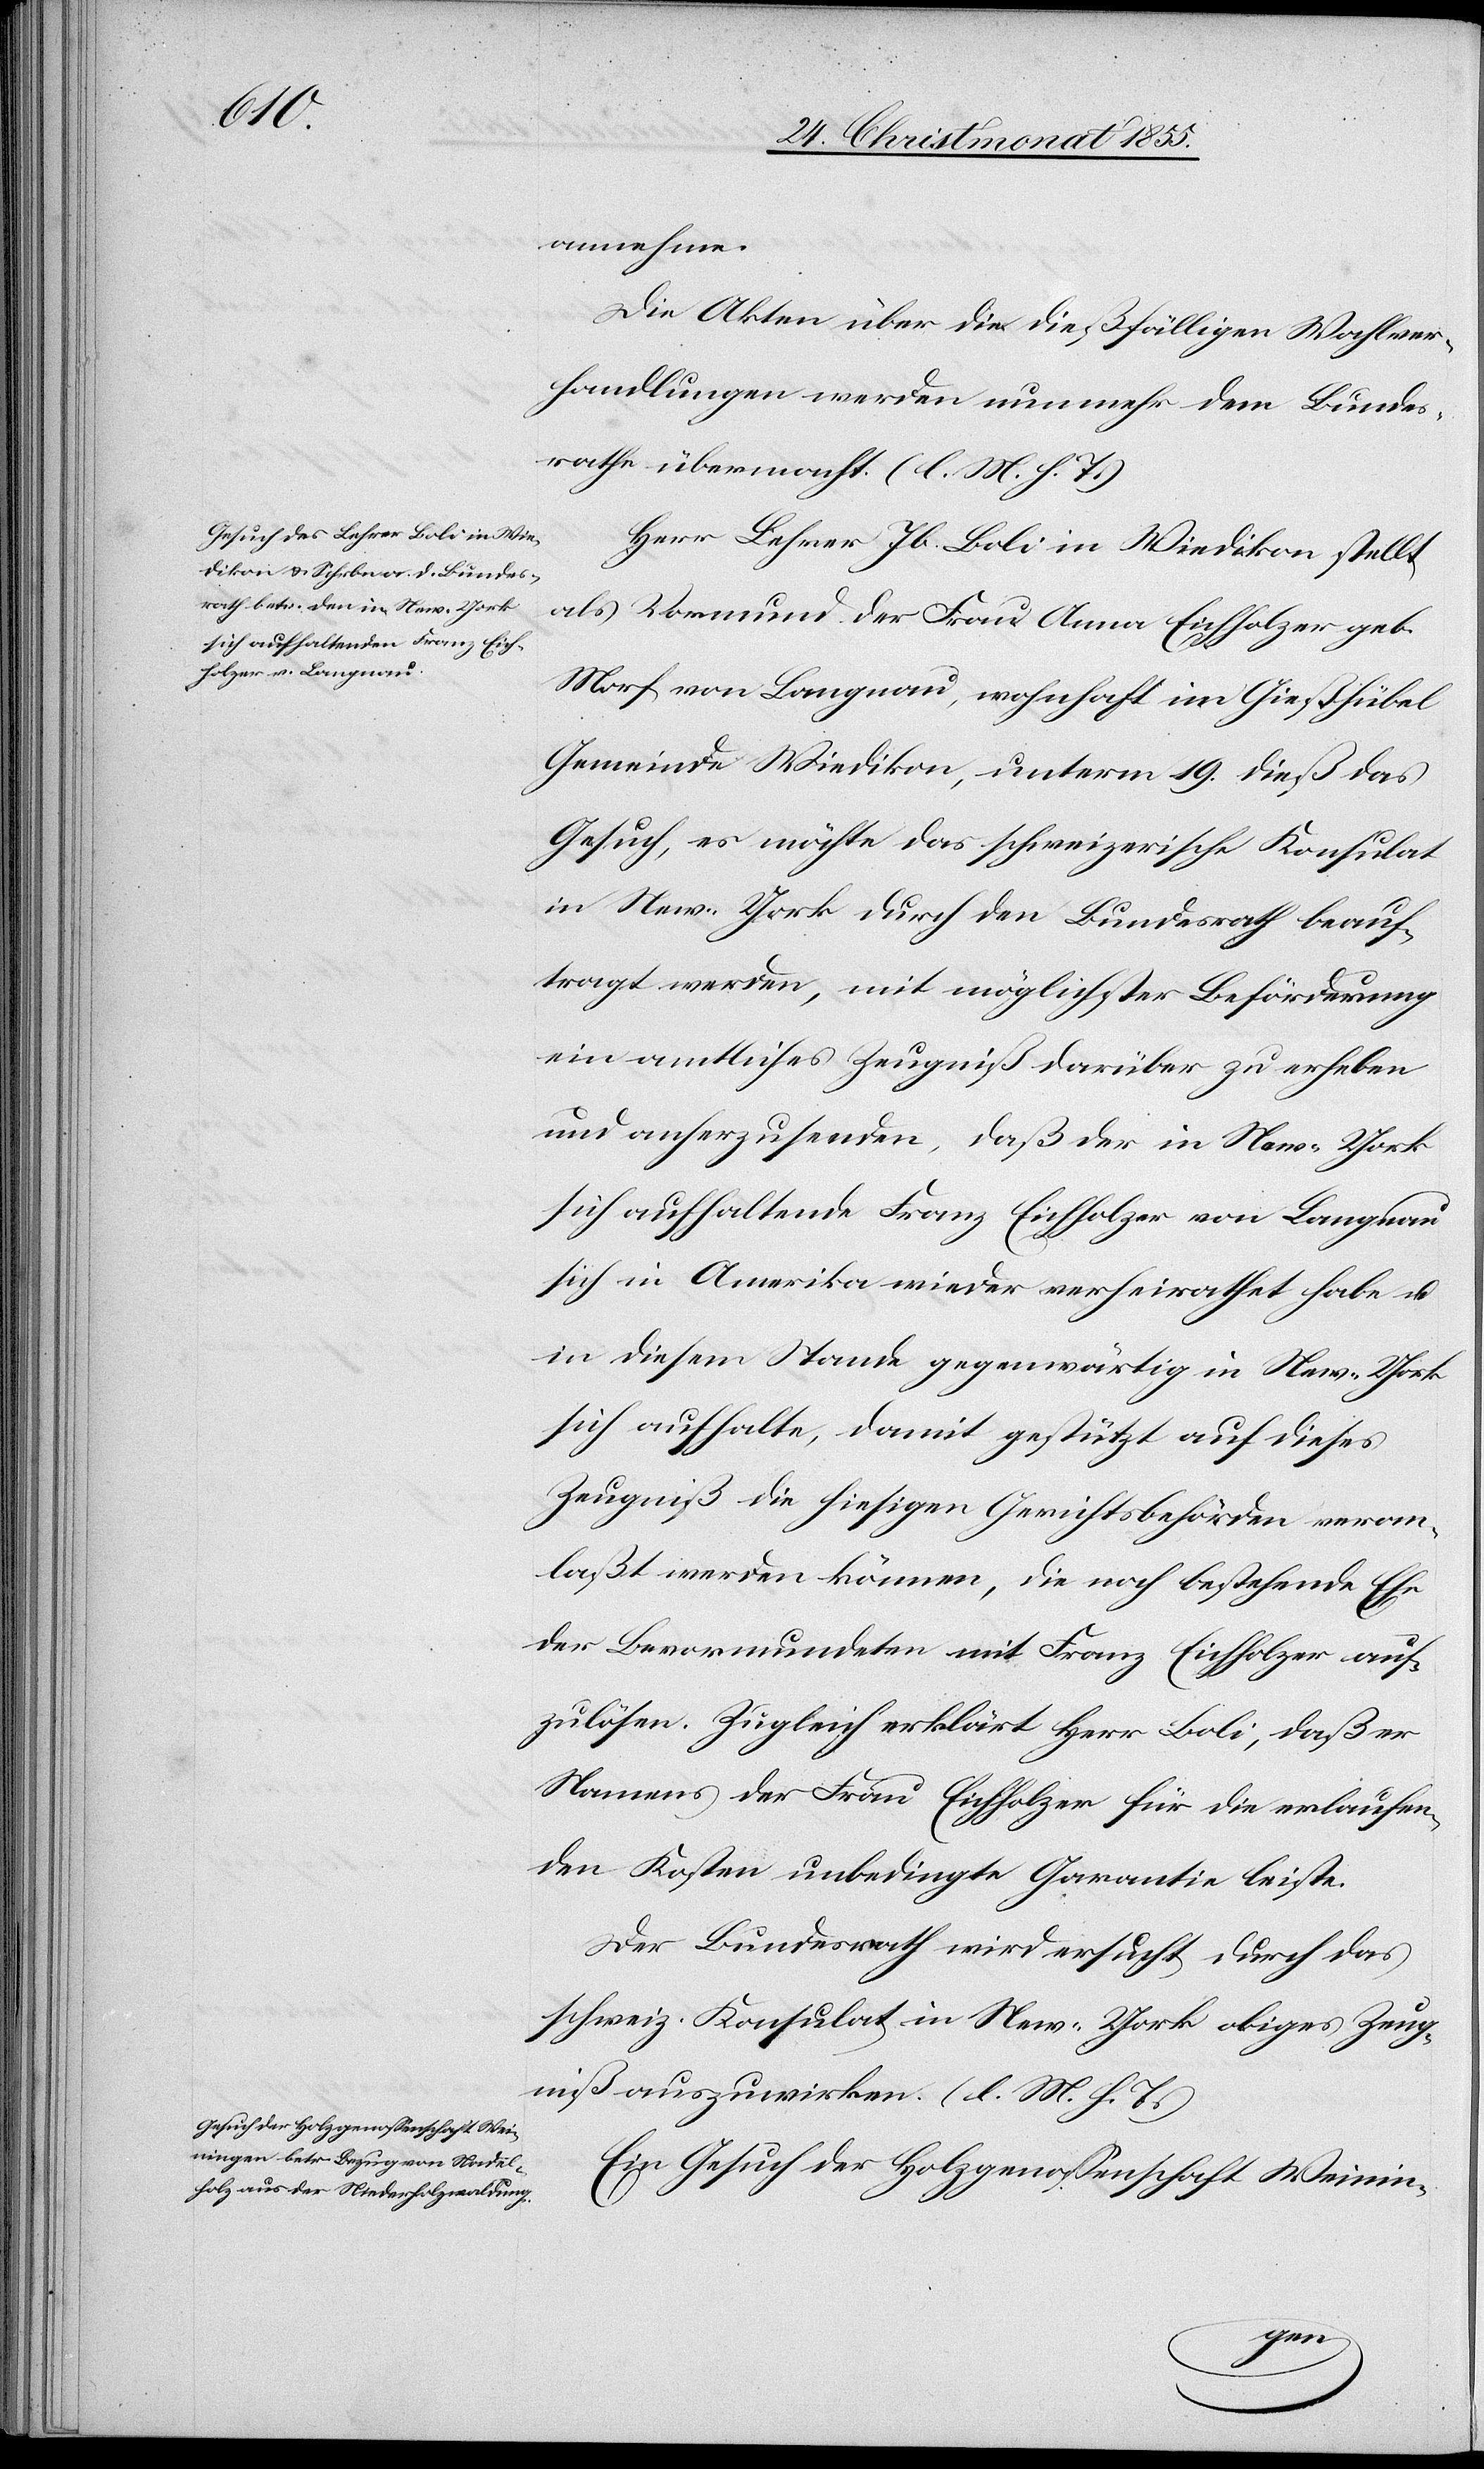
annehme.
Die Akten über die dießfälligen Wahlver¬
handlungen werden nunmehr dem Bundes¬
rathe übermacht. (l. M. h. T.)
Herr Lehrer Jb. Boli in Wiedikon stellt
als Vormund der Frau Anna Eichholzer geb.
Morf von Langnau, wohnhaft im Gießhübel
Gemeinde Wiedikon, unterm 19. dieß das
Gesuch, es möchte das schweizerische Konsulat
in New-York durch den Bundesrath beauf¬
tragt werden, mit möglichster Beförderung
ein amtliches Zeugniß darüber zu erheben
und anherzusenden, daß der in New-York
sich aufhaltende Franz Eichholzer von Langnau
sich in Amerika wieder verheirathet habe u.
in diesem Stande gegenwärtig in New-York
sich aufhalte, damit gestützt auf dieses
Zeugniß die hiesigen Gerichtsbehörden veran¬
laßt werden können, die noch bestehende Ehe
der Bevormundeten mit Franz Eichholzer auf¬
zulösen. Zugleich erklärt Herr Boli, daß er
Namens der Frau Eichholzer für die erlaufen¬
den Kosten unbedingte Garantie leiste.
Der Bundesrath wird ersucht, durch das
schweiz. Konsulat in New-York obiges Zeug¬
niß auszuwirken. (l. M. h. T.)
Ein Gesuch der Holzgenossenschaft Weinin-